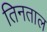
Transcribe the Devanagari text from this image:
तिनताल